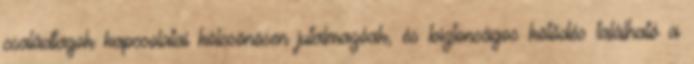
családtagok kapcsolatai kölcsönösen jutalmazóak, és biztonságos kötődés található a